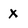
Character: X